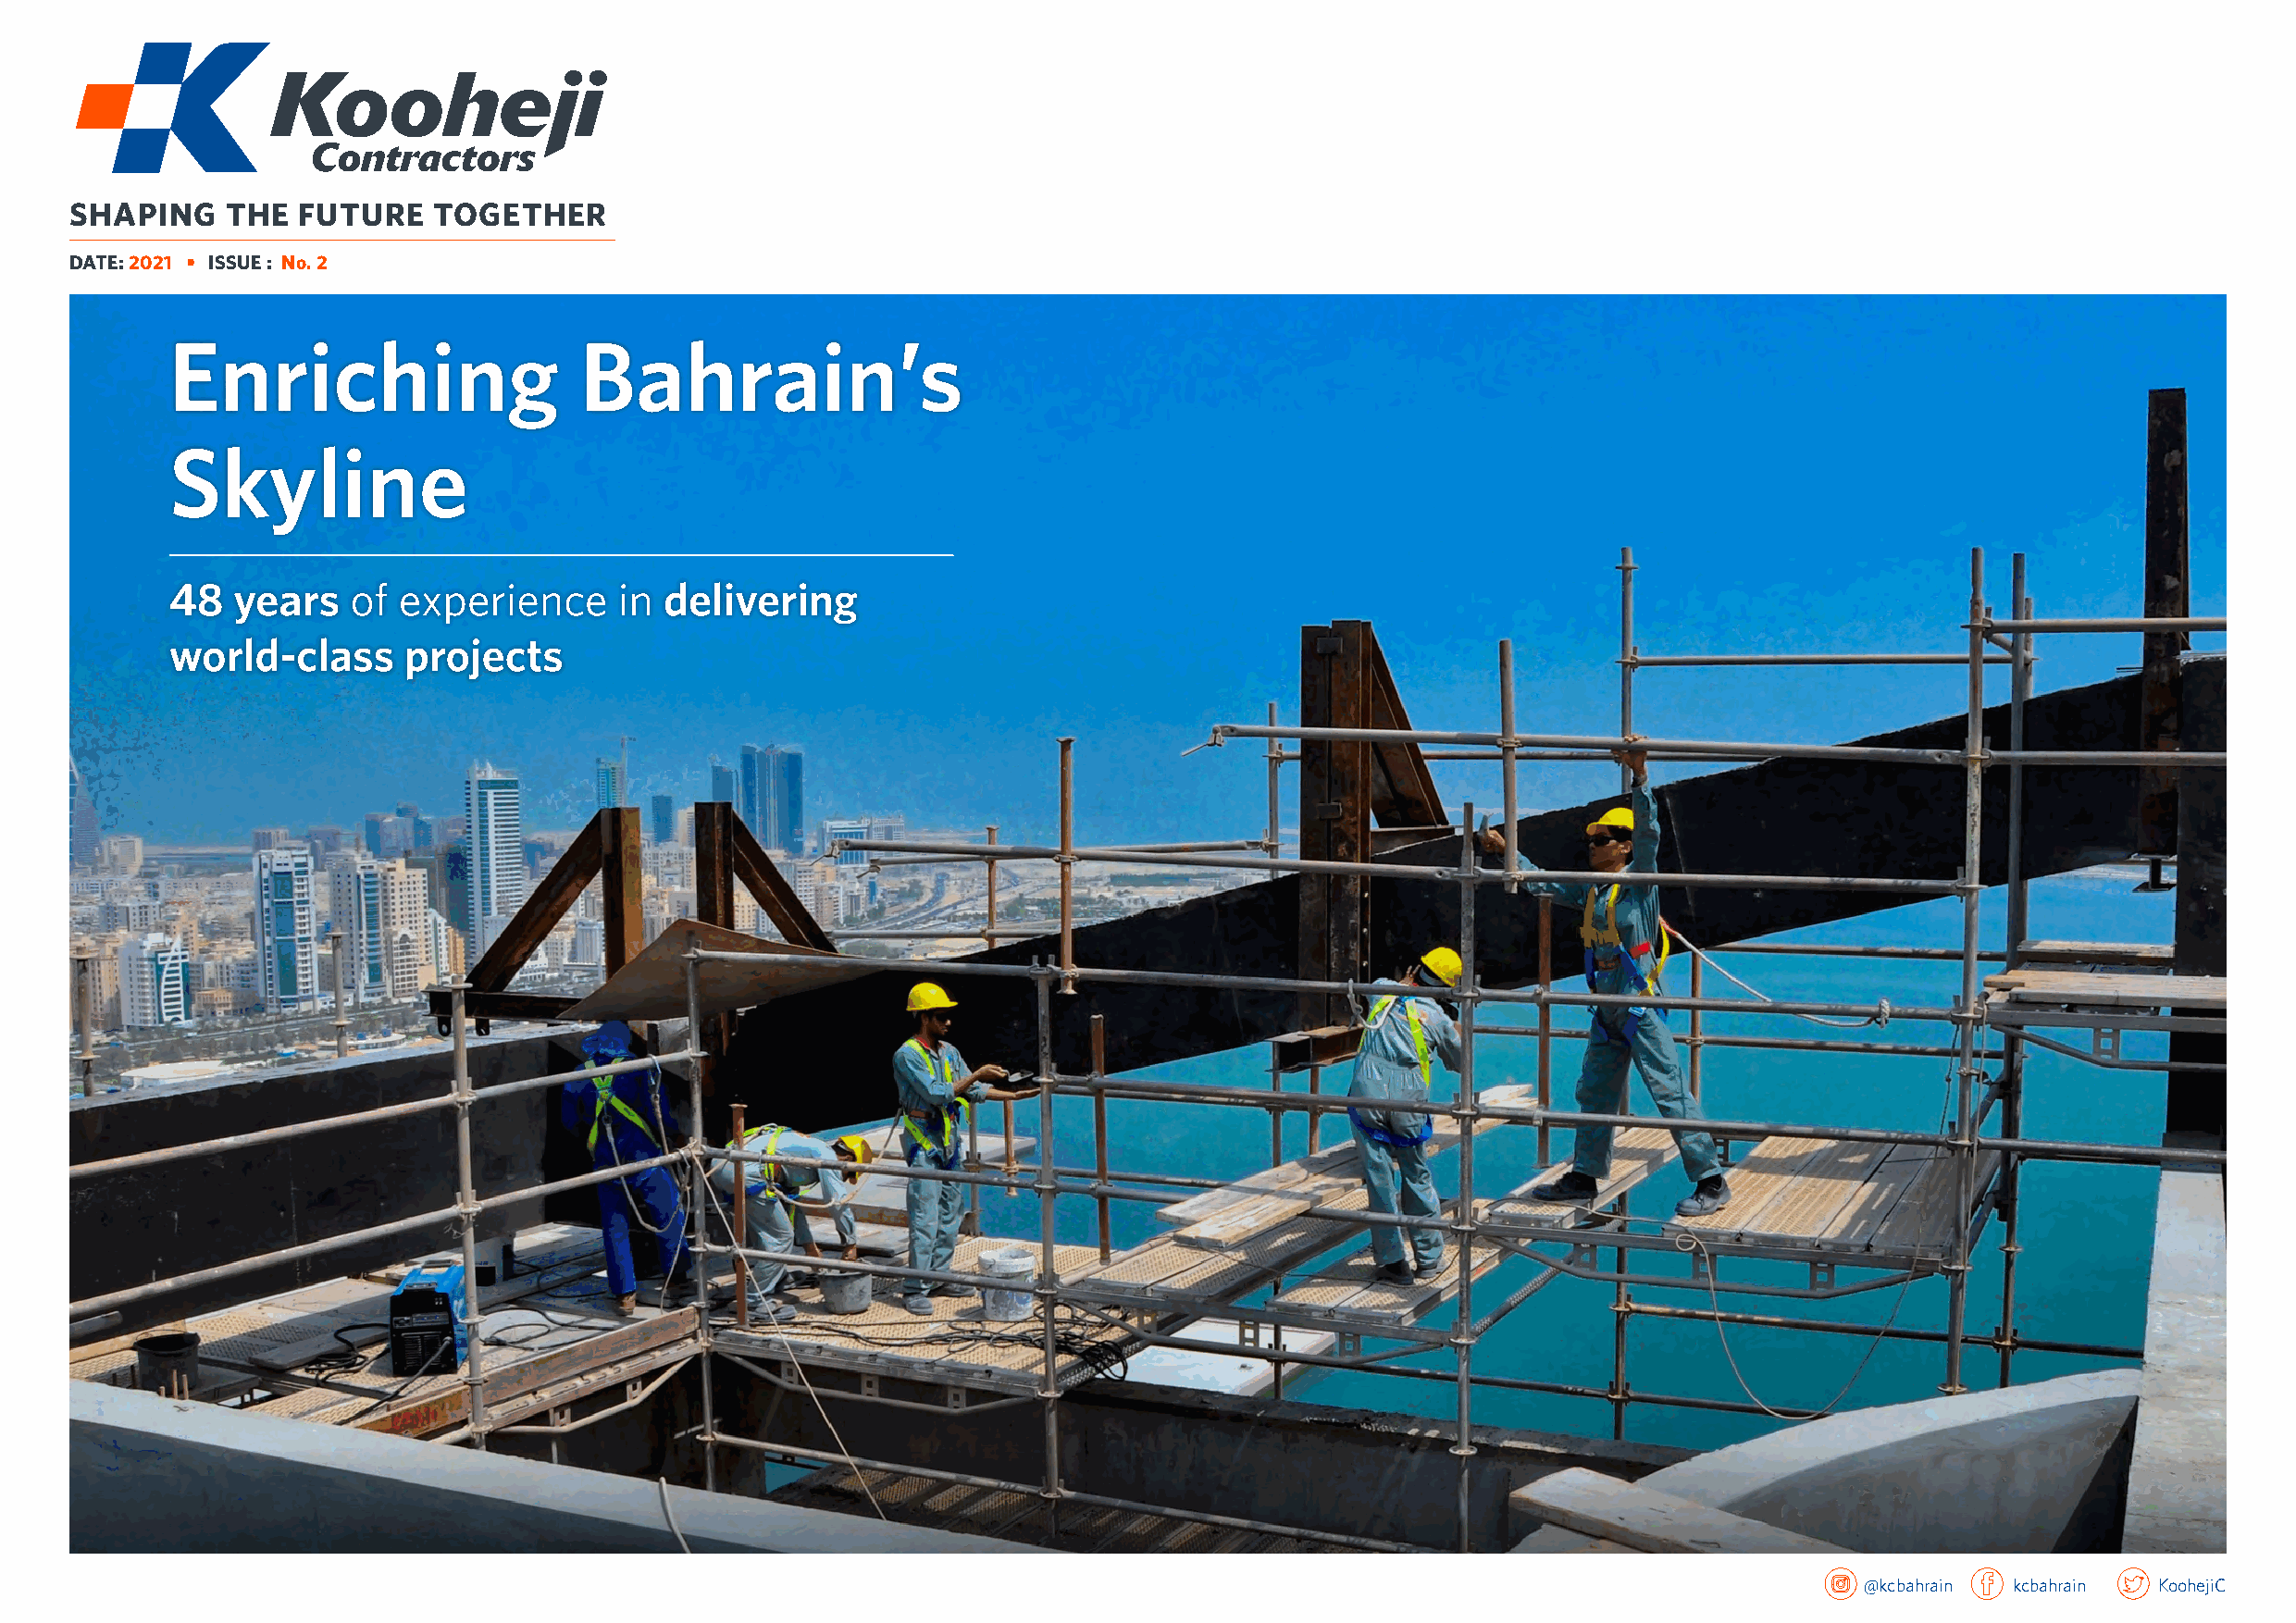
SHAPING    THE  FUTURE    TOGETHER
 DATE: 2021 • ISSUE : No. 2
 Enriching                    Bahrain’s
 Skyline
 48   years   of  experience     in delivering
 world-class      projects
 @kcbahrain kcbahrain KoohejiC